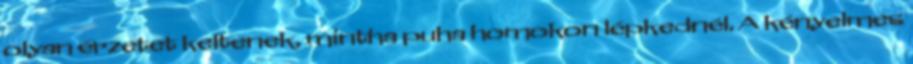
olyan érzetet keltenek, mintha puha homokon lépkednél. A kényelmes